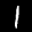
Label: 1